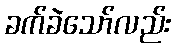
ခက်ခဲသော်လည်း